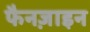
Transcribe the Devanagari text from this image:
फैनज़ाइन